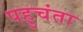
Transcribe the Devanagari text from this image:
पहुचंता